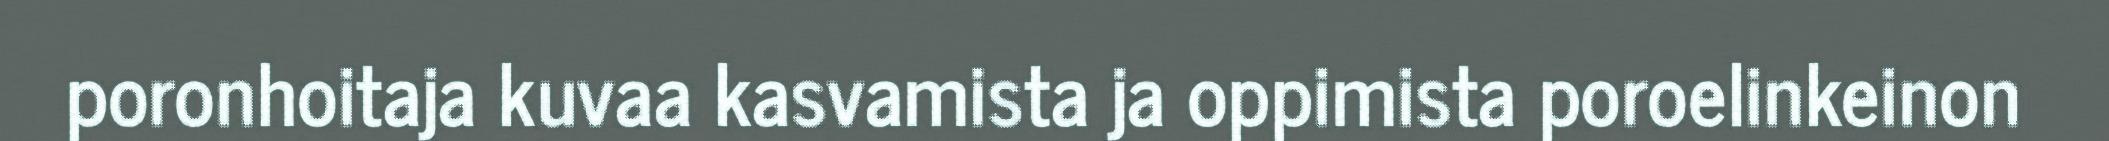
poronhoitaja kuvaa kasvamista ja oppimista poroelinkeinon